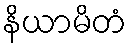
နိယာမိတံ